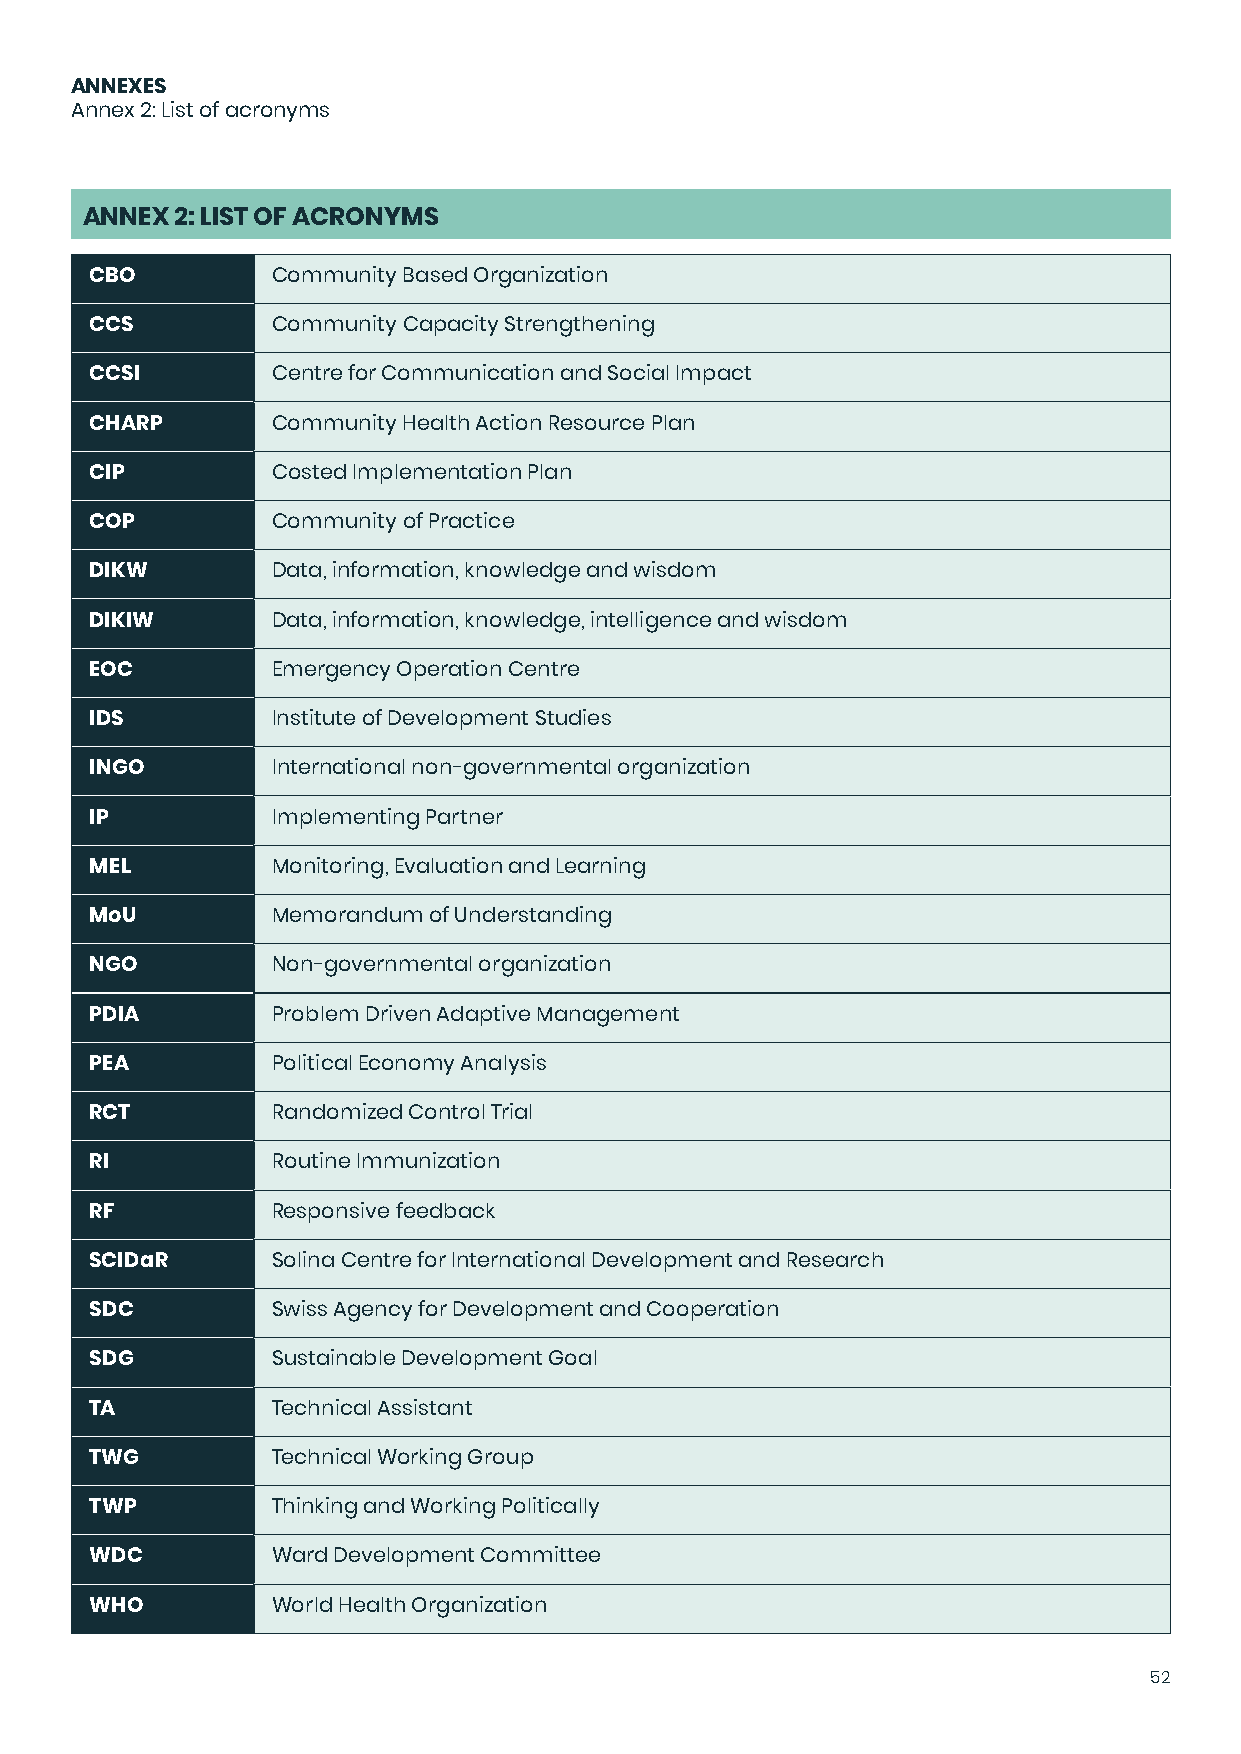
ANNEXES
 Annex 2: List of acronyms
 ANNEX  2: LIST OF ACRONYMS
 CBO         Community Based Organization
 CCS         Community Capacity Strengthening
 CCSI        Centre for Communication and Social Impact
 CHARP       Community Health Action Resource Plan
 CIP         Costed Implementation Plan
 COP         Community of Practice
 DIKW        Data, information, knowledge and wisdom
 DIKIW       Data, information, knowledge, intelligence and wisdom
 EOC         Emergency Operation Centre
 IDS         Institute of Development Studies
 INGO        International non-governmental organization
 IP          Implementing Partner
 MEL         Monitoring, Evaluation and Learning
 MoU         Memorandum of Understanding
 NGO         Non-governmental organization
 PDIA        Problem Driven Adaptive Management
 PEA         Political Economy Analysis
 RCT         Randomized Control Trial
 RI          Routine Immunization
 RF          Responsive feedback
 SCIDaR      Solina Centre for International Development and Research
 SDC         Swiss Agency for Development and Cooperation
 SDG         Sustainable Development Goal
 TA          Technical Assistant
 TWG         Technical Working Group
 TWP         Thinking and Working Politically
 WDC         Ward Development Committee
 WHO         World Health Organization
 52